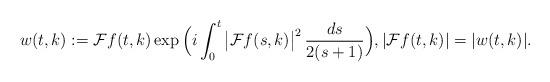
LaTeX: \begin{align*}w(t,k) := \mathcal{F}f(t,k) \exp\Big(i \int_0^t \big|\mathcal{F}f(s,k)\big|^2 \, \frac{ds}{2(s+1)} \Big),|\mathcal{F}f(t,k)| = |w(t,k)|.\end{align*}